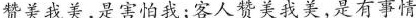
赞美我美，是害怕我；客人赞美我美，是有事情